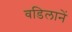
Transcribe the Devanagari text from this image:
वडिलानें